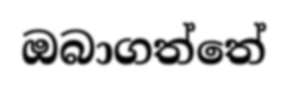
ඔබාගත්තේ